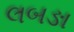
લબઙા